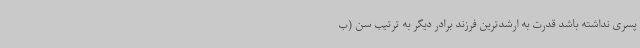
پسری نداشته باشد قدرت به ارشدترین فرزند برادر دیگر به ترتیب سن (ب